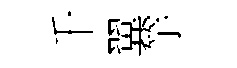
千翼竽